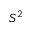
S ^ { 2 }